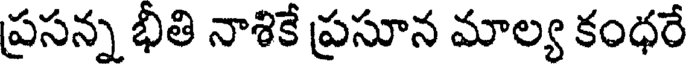
ప్రసన్న భీతి నాశికే ప్రసూన మాల్య కంధరే